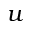
u